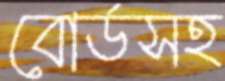
বোর্ডসহ